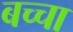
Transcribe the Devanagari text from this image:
बच्‍चा